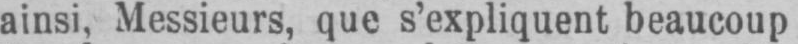
ainsi, Messieurs, que s’expliquent beaucoup